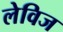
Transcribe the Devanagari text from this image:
लेविज